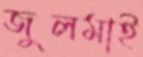
জুলমাই